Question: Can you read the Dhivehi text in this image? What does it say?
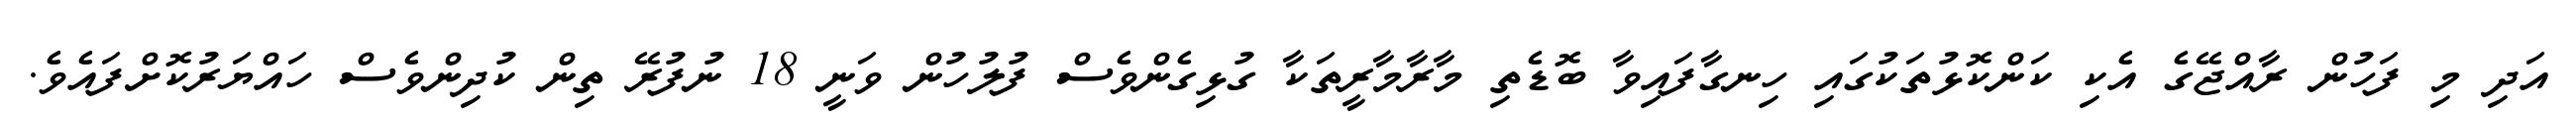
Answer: އަދި މި ފަހުން ރާއްޖޭގެ އެކި ކަންކޮޅުތަކުގައި ހިނގާފައިވާ ބޮޑެތި މާރާމާރީތަކާ ގުޅިގެންވެސް ފުލުހުން ވަނީ 18 ނުފުރޭ ތިން ކުދިންވެސް ހައްޔަރުކޮށްފައެވެ.